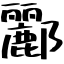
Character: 酈